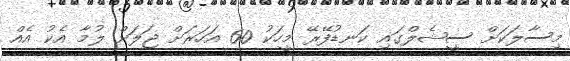
މިސާލަކަށް ސީޝެލްގައި ކަނޑުފޭރޭ މީހަކު 60 އަހަރަށް ޖަލަށް ލުމާ އެކު އެއް